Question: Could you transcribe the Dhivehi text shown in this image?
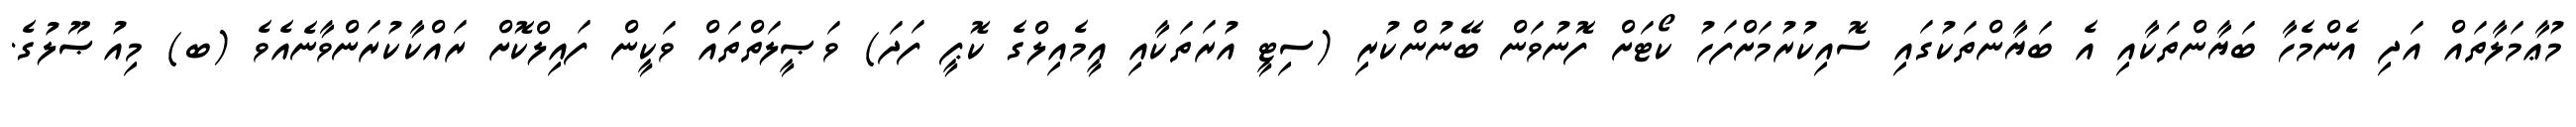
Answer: މުޢާމަލާތައް އަދި އެންމެހާ ބަޔާންތަކާއި އެ ބަޔާންތަކުގައި ސޮއިކުރުމަށްފަހު ކޯޓަށް ފޮނުވަން ބޭނުންކުރި (ސިޓީ އުރަތަކާއި އީމެއިލްގެ ކޮޕީ ފަދަ) ވަޞީލަތްތައް ވަކީން ފައިލްކޮށް ރައްކާކުރަންވާނެއެވެ (ބ) މިއުޞޫލުގެ.